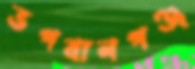
ভগবানগঞ্জ